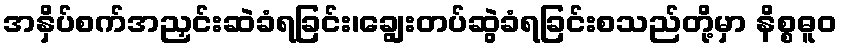
အနှိပ်စက်အညှင်းဆဲခံရခြင်း၊ချွေးတပ်ဆွဲခံရခြင်းစသည်တို့မှာ နိစ္စဓူဝ